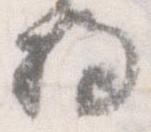
将